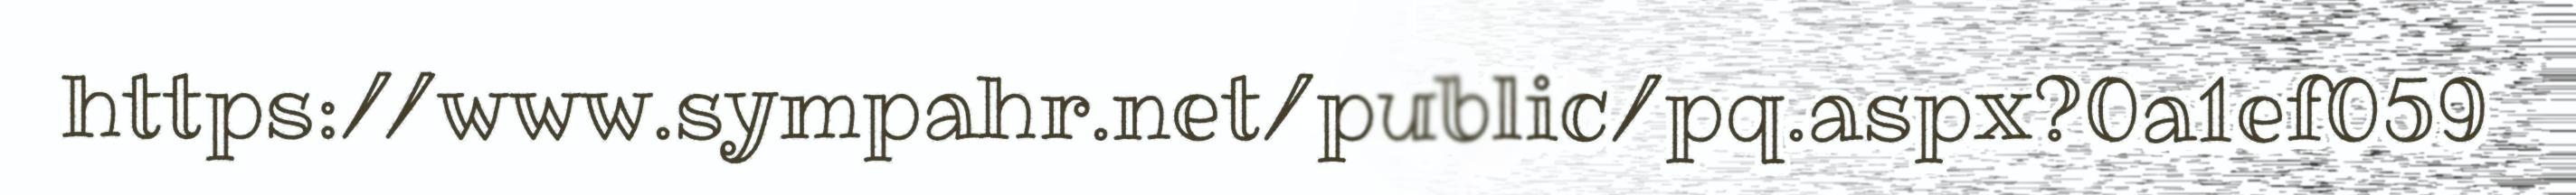
https://www.sympahr.net/public/pq.aspx?0a1ef059